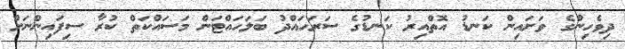
ދިވެހިންގެ ވަށައިން ކަނޑު އޮތްއިރު ކަނޑުގެ ސަރަހައްދު ބަލަހައްޓަން މަސައްކަތް ކުރާ ސިފައިންނަށް